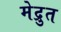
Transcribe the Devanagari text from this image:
मेद्रुत